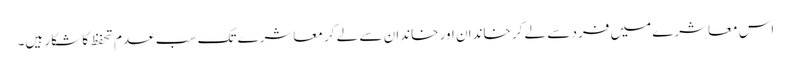
اس معاشرے میں فرد سے لے کر خاندان اور خاندان سے لے کر معاشرے تک سب عدم تحفظ کا شکار ہیں۔